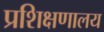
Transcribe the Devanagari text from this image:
प्रशिक्षणालय